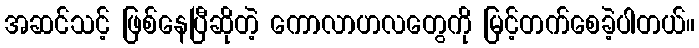
အဆင်သင့် ဖြစ်နေပြီဆိုတဲ့ ကောလာဟလတွေကို မြင့်တက်စေခဲ့ပါတယ်။